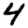
Digit: 4